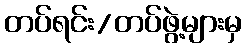
တပ်ရင်း/တပ်ဖွဲ့များမှ